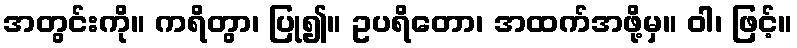
အတွင်းကို။ ကရိတွာ၊ ပြု၍။ ဥပရိတော၊ အထက်အဖို့မှ။ ဝါ၊ ဖြင့်။